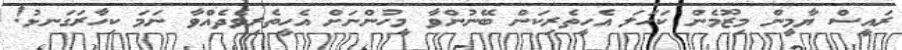
ރައީސް ޔާމީން މިޒޫމެން ކަހަލަ އެހީތެރިކަން ބޭނުންވާ މީހުންނަށް އެހީތެރިވެދެއްވާ ނަމަ ކިހާރަގަނޅު!